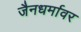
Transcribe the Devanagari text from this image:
जैनधर्मावर